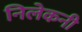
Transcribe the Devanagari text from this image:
निलेकनी